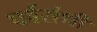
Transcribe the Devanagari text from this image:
पर्वसंधी